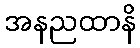
အနညထာနိ